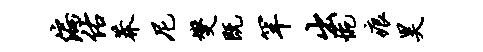
偏佑莽尼燮既罕出惋痕昊